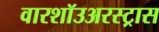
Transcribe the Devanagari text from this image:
वारशॉउअरस्ट्रास